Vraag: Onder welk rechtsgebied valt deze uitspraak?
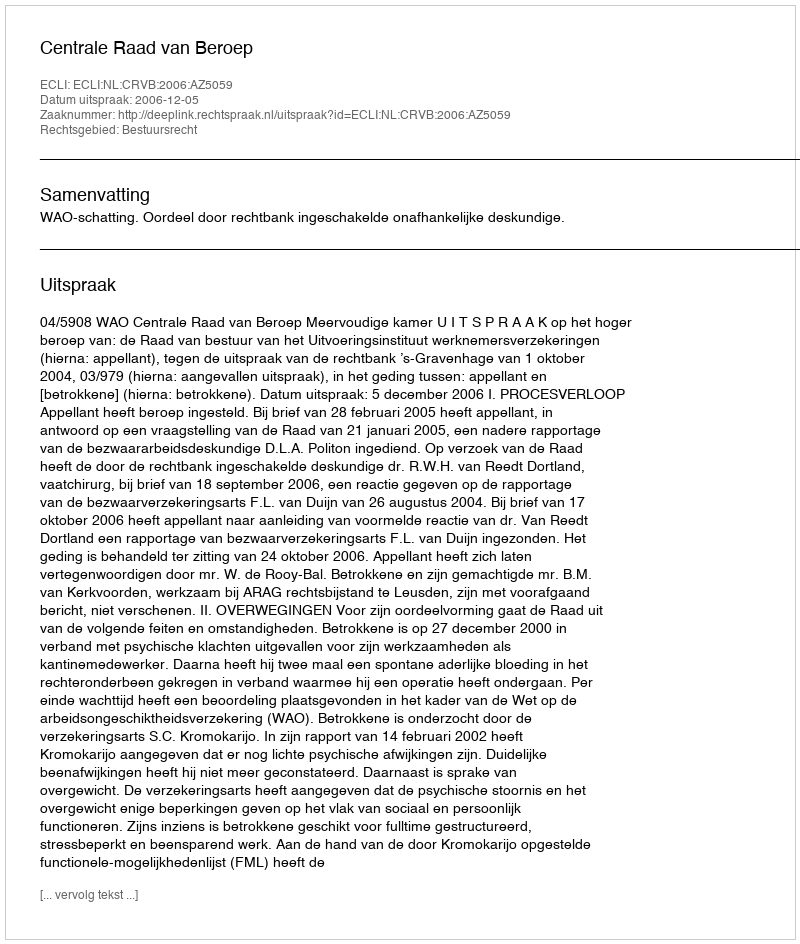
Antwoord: Bestuursrecht